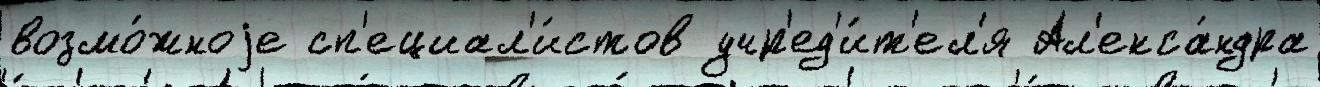
возмо́жноjе сп'ециал'и́стов учр'ед'и́т'ел'я Ал'екса́ндра